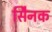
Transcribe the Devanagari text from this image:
सैिनक